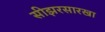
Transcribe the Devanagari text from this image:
सीझरसारखा